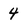
Character: 4